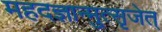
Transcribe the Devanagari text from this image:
महदज्ञान्मुत्सृजेत्